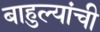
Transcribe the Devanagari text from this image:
बाहुल्यांची